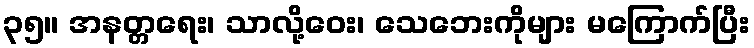
၃၅။ အနတ္တရေး၊ သာလို့ဝေး၊ သေဘေးကိုများ မကြောက်ပြီး